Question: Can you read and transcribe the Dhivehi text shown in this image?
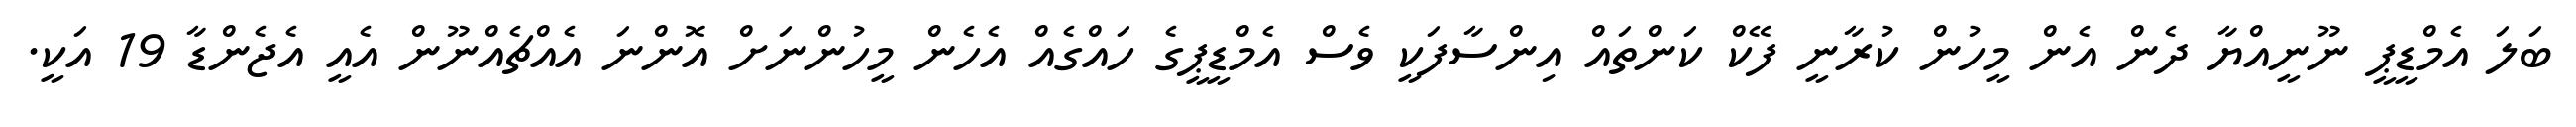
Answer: ބަލަ އެމްޑީޕީ ނޫނީއްޔާ ދެން އެން މީހުން ކުރާނީ ފޭކް ކަންތައް އިންސާފަކީ ވެސް އެމްޑީޕީގެ ހައްގެއް އެހެން މީހުންނަށް އޮންނަ އެއްޗެއްނޫން އެއީ އެޖެންޑާ 19 އަކީ.